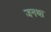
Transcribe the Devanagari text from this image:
जनथा